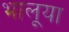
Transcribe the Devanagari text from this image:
भालूया